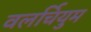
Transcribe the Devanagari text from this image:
वलर्चियुम